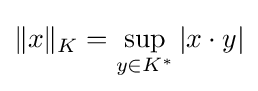
\|x\|_{K}=\displaystyle \sup _{y\in K^{*}}|x\cdot y|